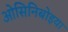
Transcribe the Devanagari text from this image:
ओसिनिबोइया